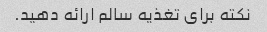
نکته برای تغذیه سالم ارائه دهید.